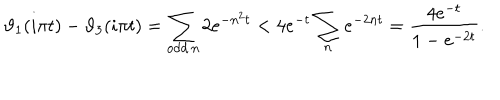
LaTeX: \vartheta _ { 1 } ( i \pi t ) - \vartheta _ { 3 } ( i \pi t ) = \sum _ { \mathrm { o d d } \, n } 2 e ^ { - n ^ { 2 } t } < 4 e ^ { - t } \sum _ { n } e ^ { - 2 n t } = \frac { 4 e ^ { - t } } { 1 - e ^ { - 2 t } } .